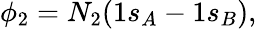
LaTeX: \phi_{2}=N_{2}(1s_{A}-1s_{B}),